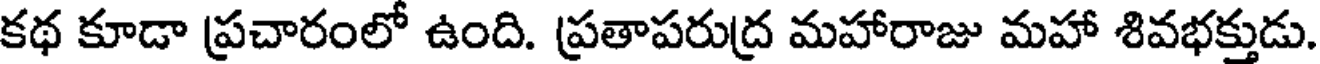
కథ కూడా ప్రచారంలో ఉంది. ప్రతాపరుద్ర మహారాజు మహా శివభక్తుడు.